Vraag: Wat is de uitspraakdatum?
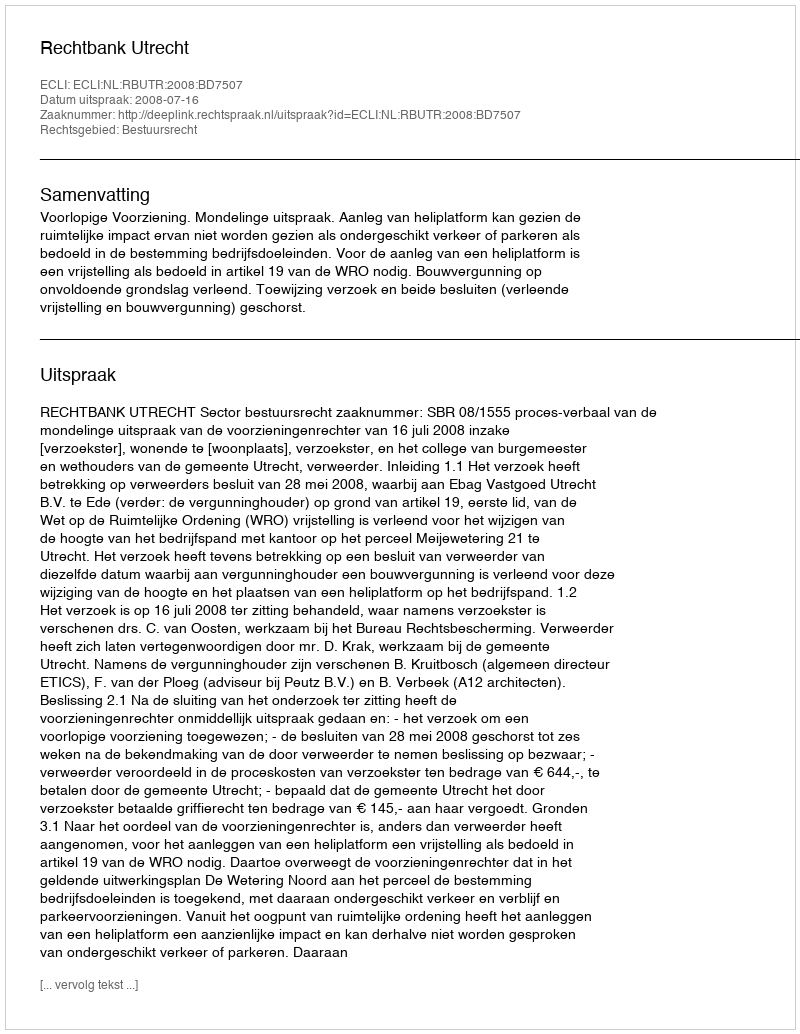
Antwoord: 2008-07-16